Indian journal of veterinary science and animal husbandry - Volume 2,
Year: 1932
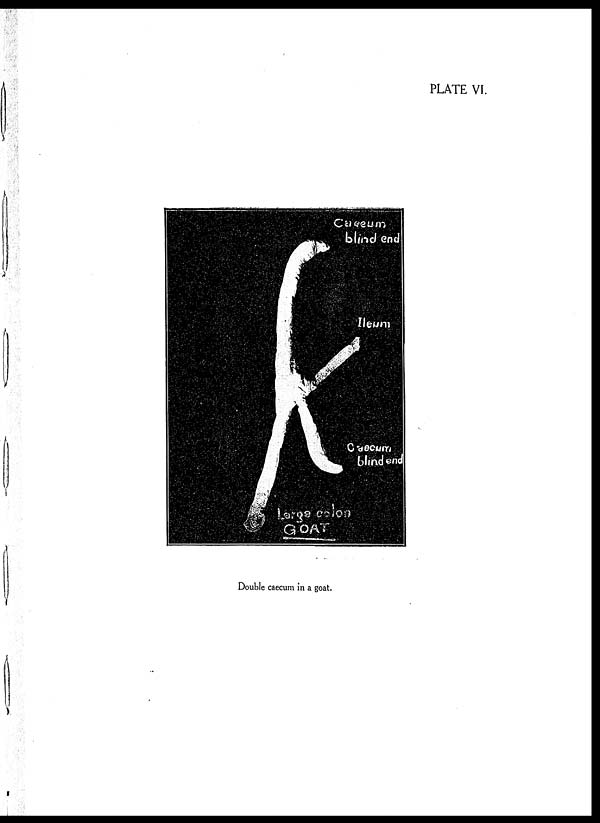
PLATE VI.
Double caecum in a goat.